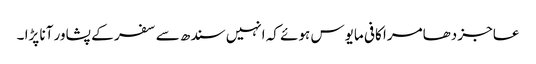
عاجز دھامرا کافی مایوس ہوئے کہ انہیں سندھ سے سفر کے پشاور آنا پڑا ۔